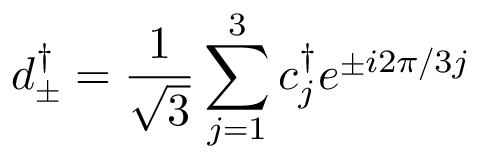
d _ { \pm } ^ { \dagger } = \frac { 1 } { \sqrt { 3 } } \sum _ { j = 1 } ^ { 3 } c _ { j } ^ { \dagger } e ^ { \pm i 2 \pi / 3 j }